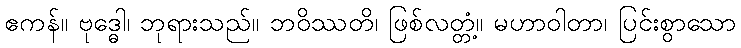
ဧကန်။ ဗုဒ္ဓေါ၊ ဘုရားသည်။ ဘဝိဿတိ၊ ဖြစ်လတ္တံ့။ မဟာဝါတာ၊ ပြင်းစွာသော